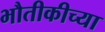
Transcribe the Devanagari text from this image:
भौतीकीच्या